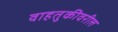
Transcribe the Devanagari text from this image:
वाहतुकीवरील